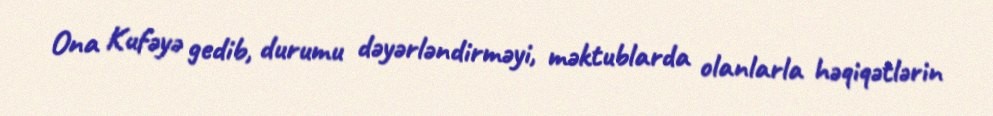
Ona Kufəyə gedib, durumu dəyərləndirməyi, məktublarda olanlarla həqiqətlərin